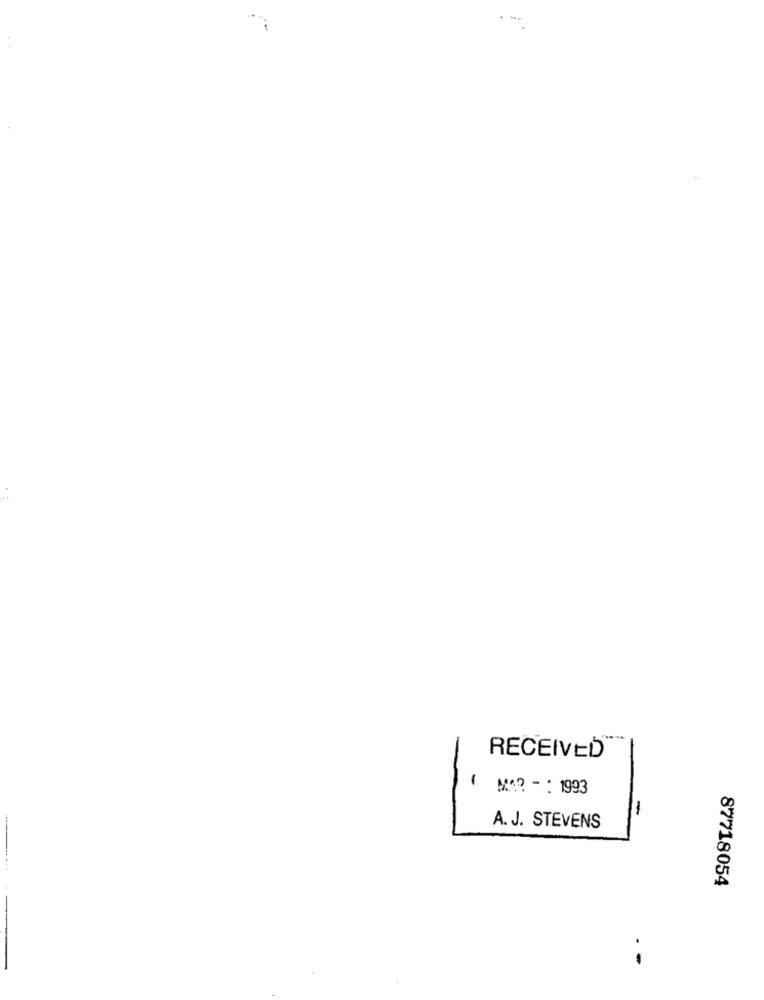
RECEIVED
1 M3 ?-: 1993
1
-
A. J. STEVENS
87718054
. -